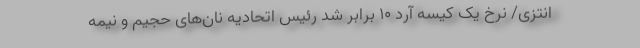
انتزی/ نرخ یک کیسه آرد ۱۰ برابر شد رئیس اتحادیه نان‌های حجیم و نیمه